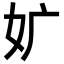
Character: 㚧